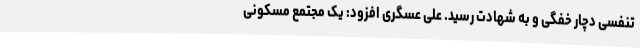
تنفسی دچار خفگی و به شهادت رسید. علی عسگری افزود: یک مجتمع مسکونی